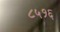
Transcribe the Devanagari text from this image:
८५१६